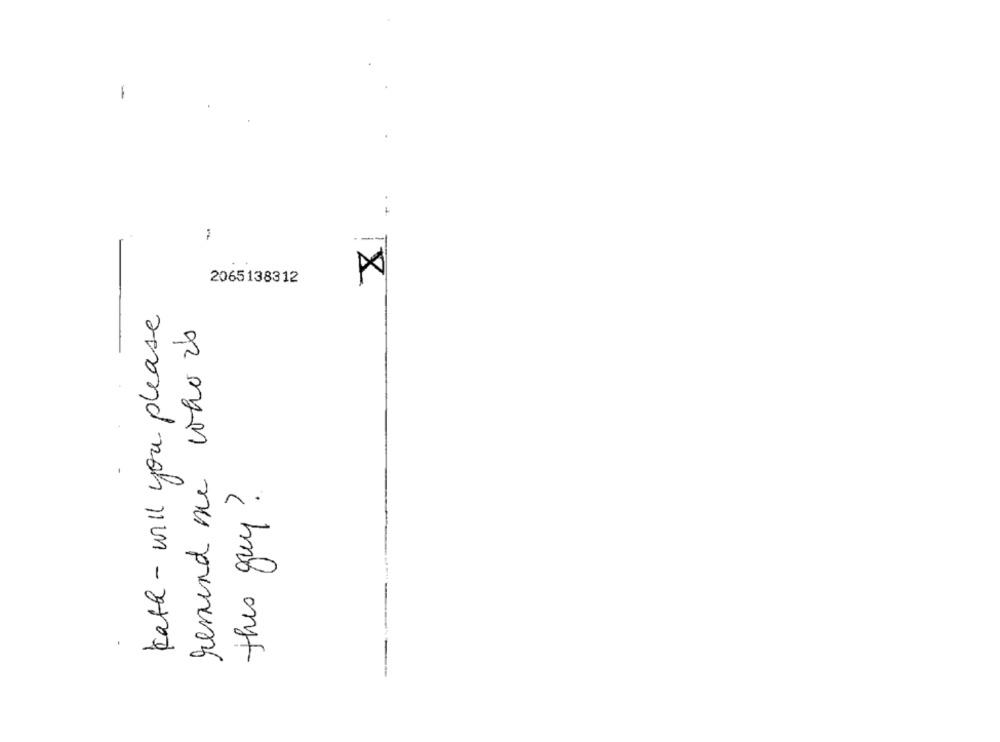
-
2065138312
IX
Kath - will you please
remind me who is
this guy ?